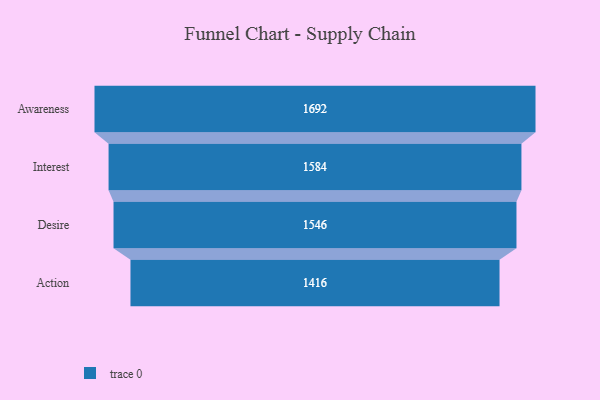
{"axis": {"x": "Stage", "y": "Value"}, "legend": [""], "data": [{"x": "Awareness", "y": 1692.0, "type": ""}, {"x": "Interest", "y": 1584.0, "type": ""}, {"x": "Desire", "y": 1546.0, "type": ""}, {"x": "Action", "y": 1416.0, "type": ""}]}